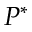
P ^ { * }